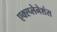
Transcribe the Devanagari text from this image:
एक्स्प्लेनेशंस